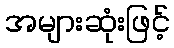
အများဆုံးဖြင့်